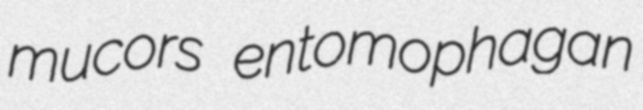
mucors entomophagan